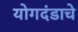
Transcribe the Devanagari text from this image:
योगदंडाचे